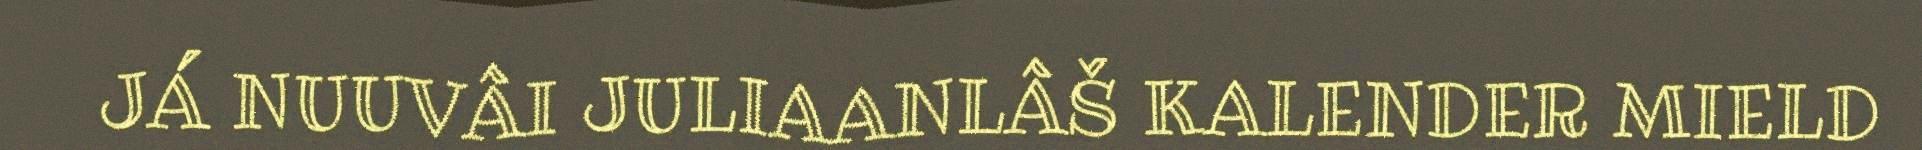
JÁ NUUVÂI JULIAANLÂŠ KALENDER MIELD